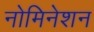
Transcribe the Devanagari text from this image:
नोमिनेशन